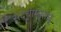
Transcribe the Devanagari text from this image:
संदधाम्यृतम्